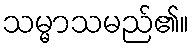
သမ္မာသမည်၏။